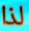
لذا